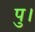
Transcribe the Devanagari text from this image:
पु।